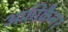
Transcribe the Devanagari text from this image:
अफ़्रीकैनर